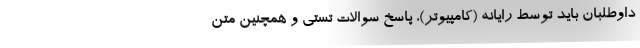
داوطلبان باید توسط رایانه (کامپیوتر)، پاسخ سوالات تستی و همچنین متن